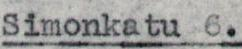
Simonkatu 6.